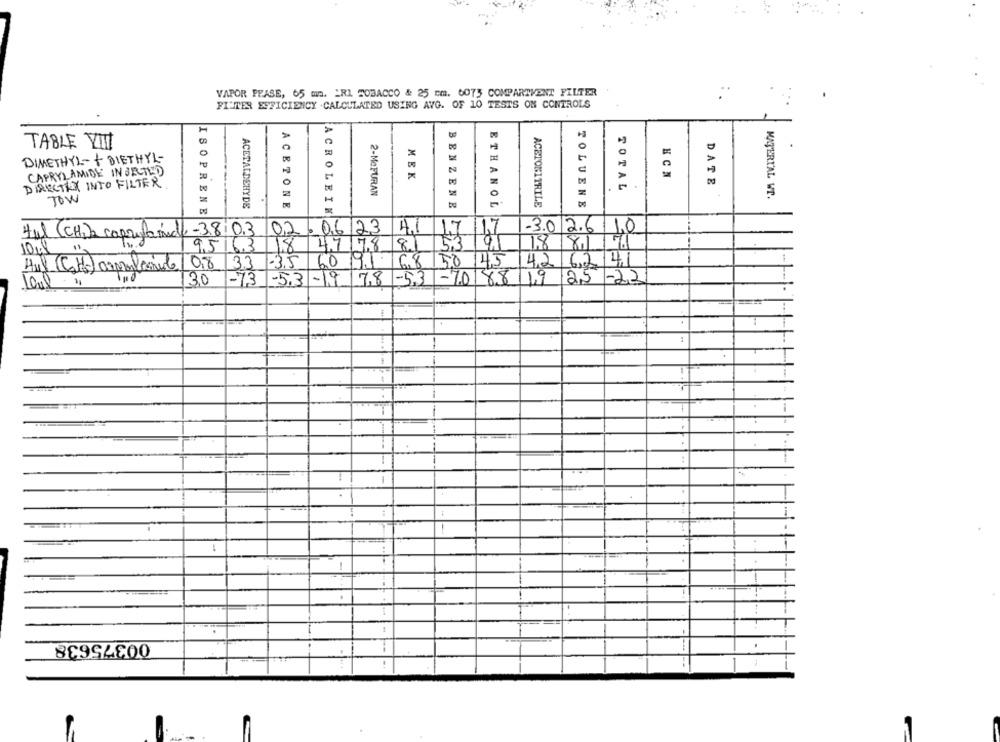
VAPOR FRASE, 65 mn. ERI SOBACCO & 25 cm. 6075 COMPARTMENT FILTER
FILTER EFFICIENCY . CALCULATED USING AVG. OF 10 TESTS ON CONTROLS
TABLE Y !!!
DIMETHYL-+ DIETHYL-
CAPRYL AMIDE INJECTED
MEK
HCN
DIRECTLY INTO FILTER.
DATE
2-MeFURAN
TOTAL
MATERIAL Wr.
TOW
ACETALDEHYDE
ACETONE
BENZENE
ETHANOL
ACETONITRILE
TOLUENE
ISOPRENE
ACROLEIN
tul (CH) copyforick -38 03 02 . 06 23
41
1.7
-3.0 2.6|1,0
10ml
"1
9,5 6.3 18 47 78
81 53 141
1.8 8.1
08 33 -35 60 91
Hul (Cat) orprovesmile
68 50 45
14,2 6.2 41
30
-73
-5.3-19 7.8
-5.3 -7.0 88 1.9 25-23
-
00375638